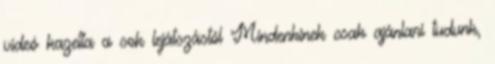
videó kazetta a sok lejátszástól Mindenkinek csak ajánlani tudunk,